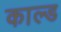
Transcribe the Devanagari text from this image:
काल्ड